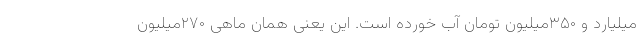
میلیارد و ۳۵۰میلیون تومان آب خورده است. این یعنی همان ماهی ۲۷۰میلیون